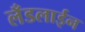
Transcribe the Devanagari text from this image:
लँडलाईन